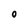
Character: 0